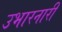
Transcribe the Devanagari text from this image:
उभारनारी